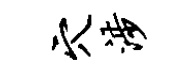
穴涉